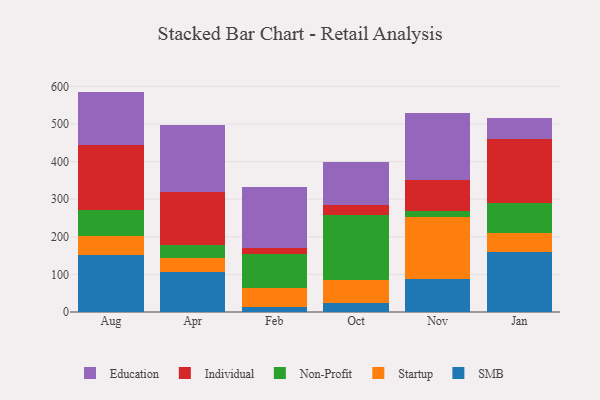
{"axis": {"x": "Month", "y": "Budget (USD K)"}, "legend": ["Education", "Individual", "Non-Profit", "SMB", "Startup"], "data": [{"x": "Aug", "y": 151.9, "type": "SMB"}, {"x": "Aug", "y": 49.2, "type": "Startup"}, {"x": "Aug", "y": 70.8, "type": "Non-Profit"}, {"x": "Aug", "y": 173.3, "type": "Individual"}, {"x": "Aug", "y": 141.0, "type": "Education"}, {"x": "Apr", "y": 107.7, "type": "SMB"}, {"x": "Apr", "y": 34.9, "type": "Startup"}, {"x": "Apr", "y": 34.5, "type": "Non-Profit"}, {"x": "Apr", "y": 141.7, "type": "Individual"}, {"x": "Apr", "y": 177.6, "type": "Education"}, {"x": "Feb", "y": 12.7, "type": "SMB"}, {"x": "Feb", "y": 50.8, "type": "Startup"}, {"x": "Feb", "y": 89.9, "type": "Non-Profit"}, {"x": "Feb", "y": 16.9, "type": "Individual"}, {"x": "Feb", "y": 161.6, "type": "Education"}, {"x": "Oct", "y": 23.7, "type": "SMB"}, {"x": "Oct", "y": 61.9, "type": "Startup"}, {"x": "Oct", "y": 171.6, "type": "Non-Profit"}, {"x": "Oct", "y": 27.9, "type": "Individual"}, {"x": "Oct", "y": 113.9, "type": "Education"}, {"x": "Nov", "y": 87.1, "type": "SMB"}, {"x": "Nov", "y": 164.8, "type": "Startup"}, {"x": "Nov", "y": 17.5, "type": "Non-Profit"}, {"x": "Nov", "y": 81.5, "type": "Individual"}, {"x": "Nov", "y": 178.2, "type": "Education"}, {"x": "Jan", "y": 159.4, "type": "SMB"}, {"x": "Jan", "y": 50.8, "type": "Startup"}, {"x": "Jan", "y": 79.7, "type": "Non-Profit"}, {"x": "Jan", "y": 170.0, "type": "Individual"}, {"x": "Jan", "y": 55.0, "type": "Education"}]}